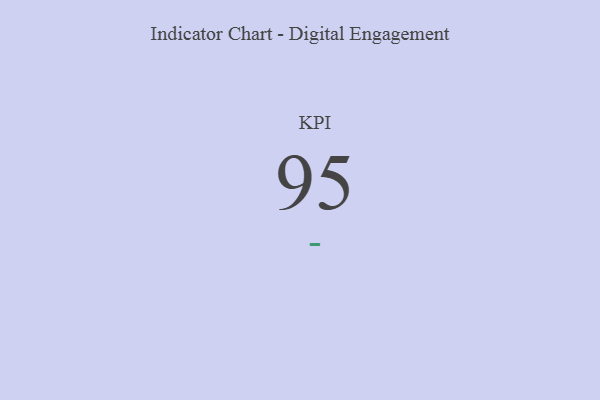
{"axis": {"x": "KPI", "y": "Value"}, "legend": [""], "data": [{"x": "KPI", "y": 95, "type": ""}]}